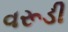
વરૂડી